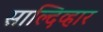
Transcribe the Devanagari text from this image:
साल्दिव्हार